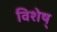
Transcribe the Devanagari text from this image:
विशेष्